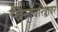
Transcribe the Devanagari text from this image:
ख्रिस्तचरित्रावर